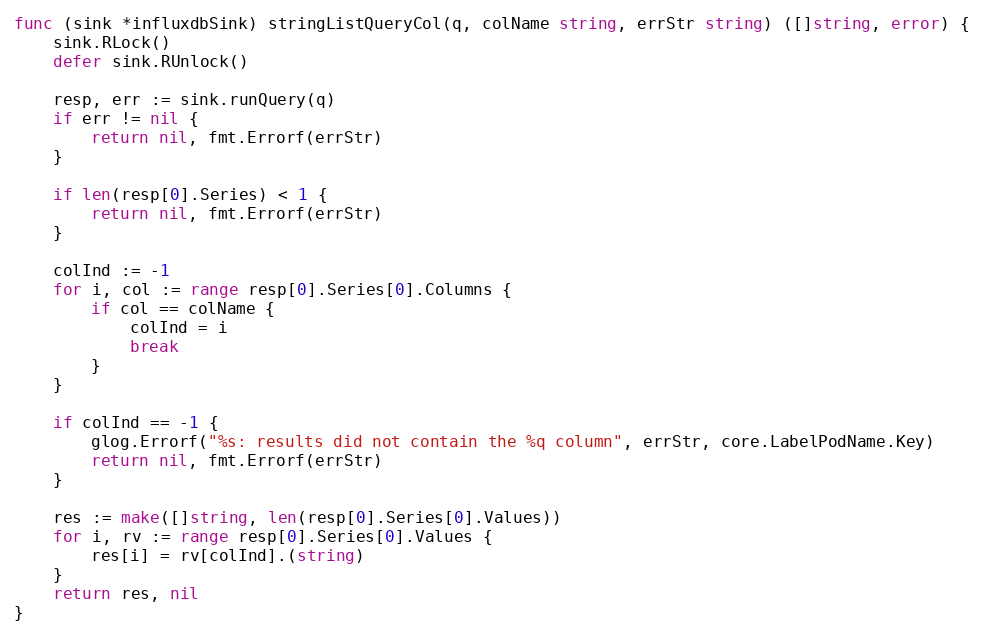
Language: Go
func (sink *influxdbSink) stringListQueryCol(q, colName string, errStr string) ([]string, error) {
	sink.RLock()
	defer sink.RUnlock()

	resp, err := sink.runQuery(q)
	if err != nil {
		return nil, fmt.Errorf(errStr)
	}

	if len(resp[0].Series) < 1 {
		return nil, fmt.Errorf(errStr)
	}

	colInd := -1
	for i, col := range resp[0].Series[0].Columns {
		if col == colName {
			colInd = i
			break
		}
	}

	if colInd == -1 {
		glog.Errorf("%s: results did not contain the %q column", errStr, core.LabelPodName.Key)
		return nil, fmt.Errorf(errStr)
	}

	res := make([]string, len(resp[0].Series[0].Values))
	for i, rv := range resp[0].Series[0].Values {
		res[i] = rv[colInd].(string)
	}
	return res, nil
}